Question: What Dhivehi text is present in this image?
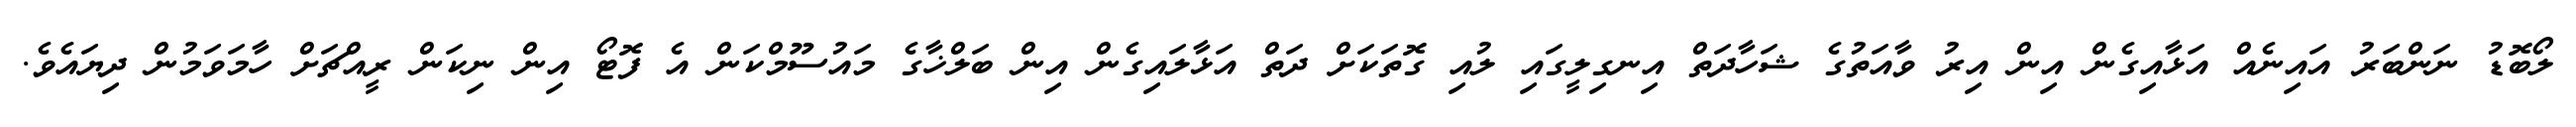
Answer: ލޯބޮޑު ނަންބަރު އައިނެއް އަޅާއިގެން އިން އިރު ވާއަތުގެ ޝަހާދަތް އިނގިލީގައި ލުއި ގޮތަކަށް ދަތް އަޅާލައިގެން އިން ބަލްޚާގެ މައުސޫމްކަން އެ ފޮޓޯ އިން ނިކަން ރީއްޗަށް ހާމަވަމުން ދިޔައެވެ.